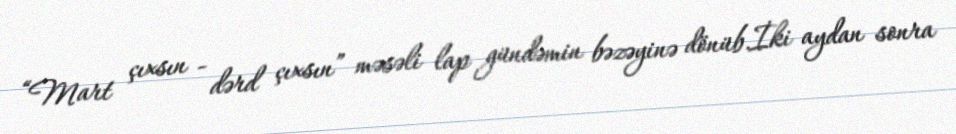
“Mart çıxsın - dərd çıxsın” məsəli lap gündəmin bəzəyinə dönüb.İki aydan sonra